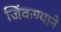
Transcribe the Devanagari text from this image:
जिंकण्याने